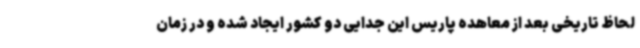
لحاظ تاریخی بعد از معاهده پاریس این جدایی دو کشور ایجاد شده و در زمان